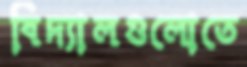
বিদ্যালগুলোতে